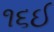
૧૬ઈ